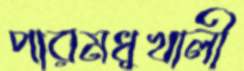
পারমধুখালী